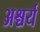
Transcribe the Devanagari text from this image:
अश्चर्य